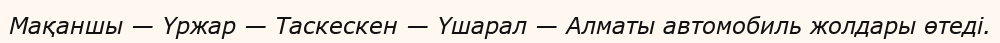
Мақаншы — Үржар — Таскескен — Үшарал — Алматы автомобиль жолдары өтеді.